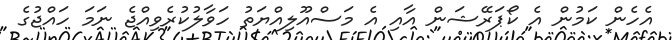
އެހެން ކަމުން އެ ކޯޕަރޭޝަން އާއި އެ މަސްއޫލިއްޔަތު ހަވާލުކުރެވިއްޖެ ނަމަ ހައްޖުގެ